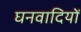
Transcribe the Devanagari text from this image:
घनवादियों